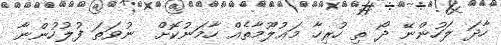
ހާދަ ލަހުންނޭ ދޯ ތި ހުރިހާ މަޢުލޫމާތެއް ހާމަނުކޮށް  ނުވަތަ ފުލުހުންނާ